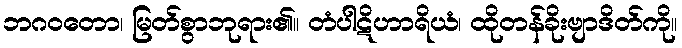
ဘဂဝတော၊ မြတ်စွာဘုရား၏။ တံပါဋိဟာရိယံ၊ ထိုတန်ခိုးဗျာဒိတ်ကို။